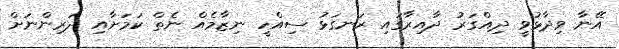
އޭނާ ވިދާޅުވީ ދިއްގަރު ދާއިރާގައި ރަނގަޅު ސިއްހީ ނިޒާމެއް ނެތް ކަމަށާއި ދަރިންނަށް